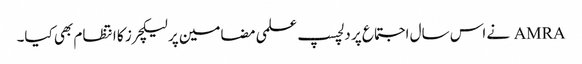
AMRA نے اس سال اجتماع پر دلچسپ علمی مضامین پر لیکچرز کا انتظام بھی کیا۔